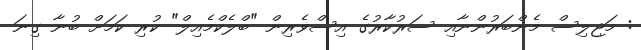
: މަޖިލިސް މެންބަރުންނާއި ސަރުކާރުގެ އިސްވެރިން "ބްލެކްމެއިލް" ކުރި ކަމަށް ބުނާ ގިނަ